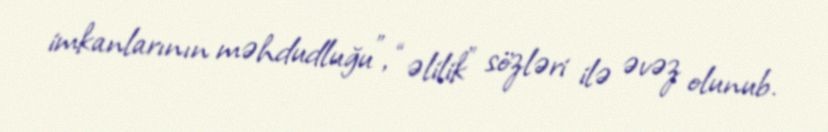
imkanlarının məhdudluğu”, “əlilik” sözləri ilə əvəz olunub.